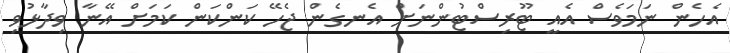
އެހެން ނަމަވެސް އެއީ ޓޫރިސްޓުންނަށް އެނގެން ޖެހޭ ކަންކަން ކަމަށް އޭނާ ވިދާޅުވި